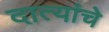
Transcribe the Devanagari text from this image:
दात्यांचे